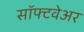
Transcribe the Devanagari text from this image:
साॅफ्टवेअर